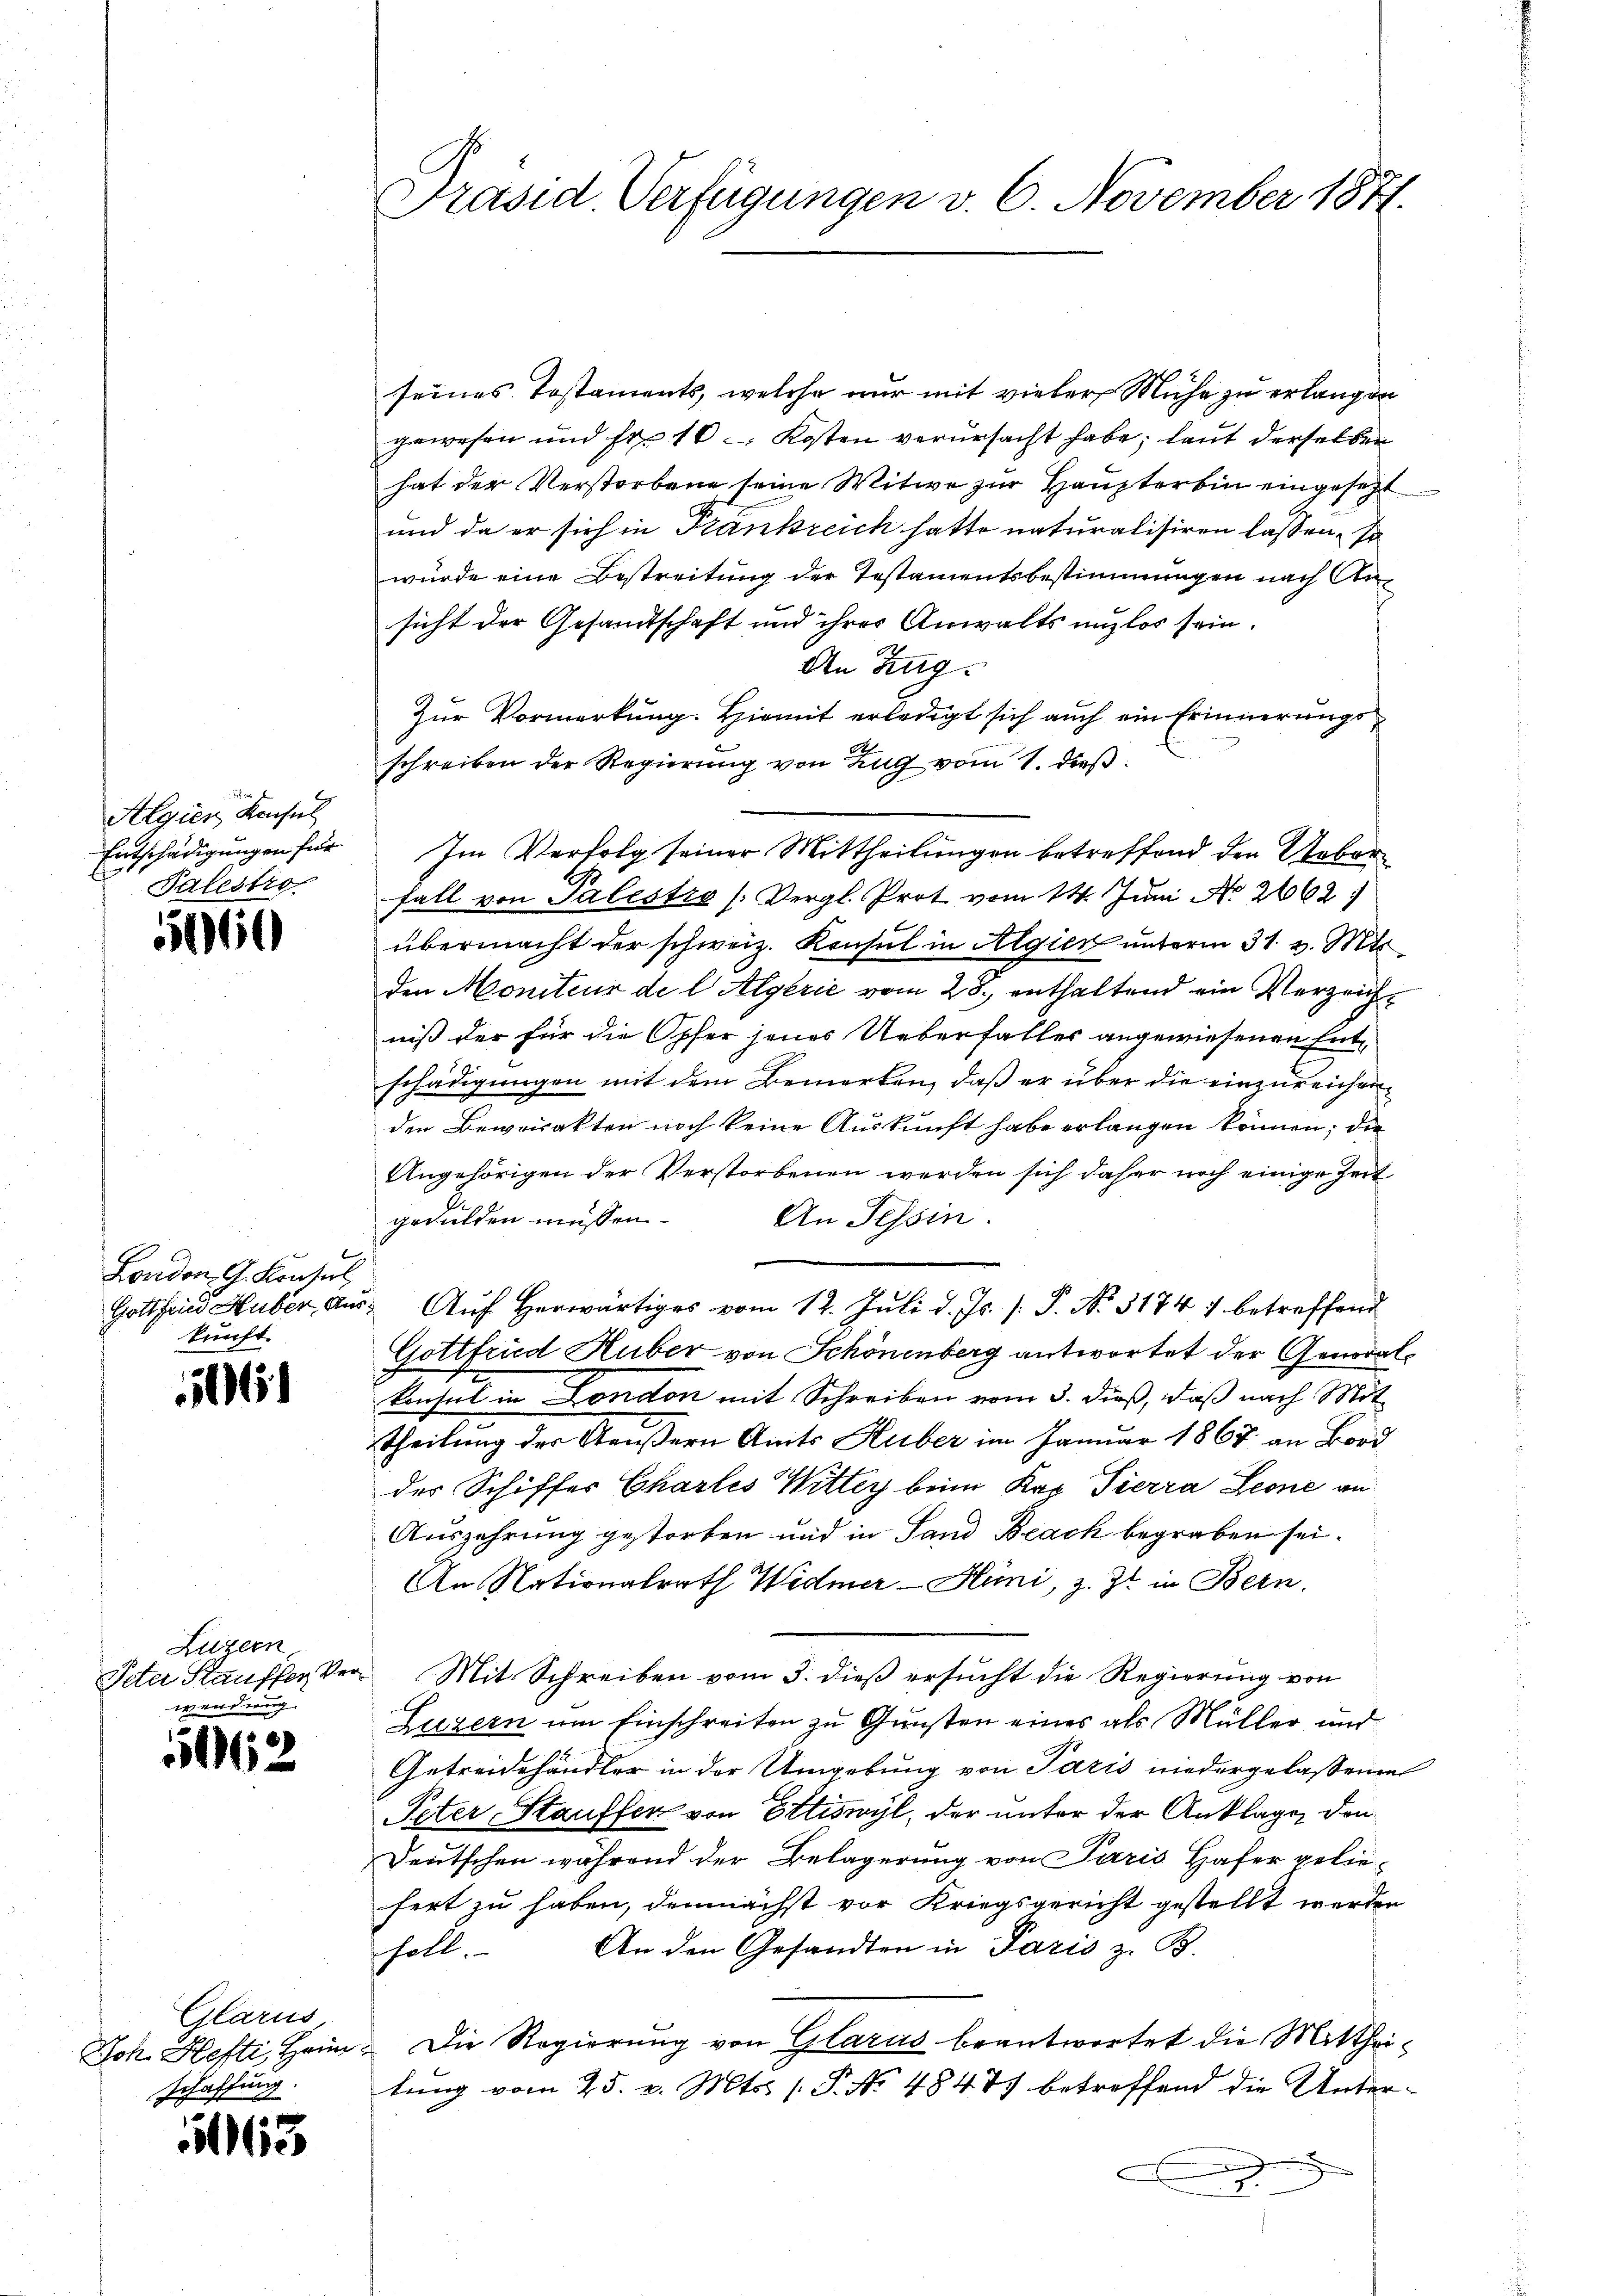
Algien Konsul
Entschädigungen für
Talestro

560

London. G. Kontul
kunft.

06

Luzern
wendung.

1162

Glarus,
schaffung.

163

Präsid. Verfügungen v. 6. November 1841.

seines Testaments, welche nur mit vieler Mühe zu erlangen
gewesen und Fr. 10 - Kosten verursacht habe, laut derselben
hat der Verstorbene seine Witwe zur Haupter bin eingesetzt
und da er sich in Frankreich hatte naturalisiren lassen, so
wurde eine Bestreitung der Testamentsbestimmungen nach Ansicht der Gesandtschaft und ihres Anwalts unglos sein.
An Eng¬
Zur Vormerkung. Hiemit erledigt sich auch ein Erinnerungsschreiben der Regierung von Zug vom 1. dieß
Im Verfolg seiner Mittheilungen betreffend den Ueberfall von Palestra (Vergl. Prot vom 11. Juni No 2662
übermacht der schweiz. Konsul in Algien unterm 31. v. Mt
den Moniteur de l Algerić vom 28. enthaltend ein Verzeichniß der für die Opfer jenes Ueberfaller angewiesenen Entschädigungen mit dem Bemerken, daß er über die einzureichen
den Beweisakten noch keine Auskunft habe erlangen können; die
Angehörigen der Verstorbenen werden sich daher noch einige Zeit
gedulden müssen.
An Tessin
Gottfried Huber aus Auf herwärtiges vom 12. Juli d. Js. s. S. No. 31747 betreffend
Gottfrid Huber von Schönenberg antwortet der Genodalkonsul in London mit Schreiben vom 3. dieß, daß nach Mit
theilung der Aeußern Amts Huber im Januar 1867 an Bord
der Schiffer Charlis Wittey beim Kap. Pierra Leone an
Auszehrung gestorben und in Sand Beach begraben sei.
An Nationalrath Widmer-Hüni, z. Zt. in Bern.
Petar Kauffer Ver¬ Mit Schreiben vom 3. dieß ersucht die Regierung von
Luzern um Einschreiten zu Gunsten eines als Müller und
Getreidehändler in der Umgebung von Paris niedergelassenen
Peter, Stauffer von Ettiswyl, der unter der Anklage, den
Deutschen während der Belagerung von Paris Hafer geliefert zu haben, demnächst vor Kriegsgericht gestellt werden
An den Gesandten in Paris z. B.
sholt.
Joh. Hefti, Heim. Die Regierung von Glarus beantwortet die Mittheitung vom 25. v. Mts. 1. P. No 484 87 betreffend die Unter¬
.